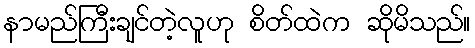
နာမည်ကြီးချင်တဲ့လူဟု စိတ်ထဲက ဆိုမိသည်။